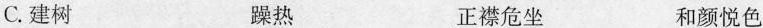
C.建树 躁热 正襟危坐 和颜悦色